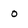
Character: o